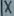
Text: X